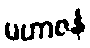
မဟာဇနံ